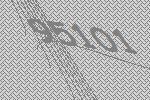
95101